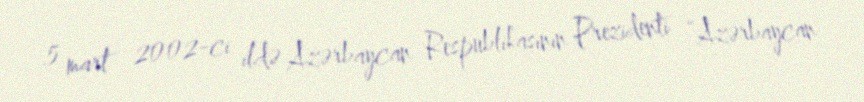
5 mart 2002-ci ildə Azərbaycan Respublikasının Prezidenti “Azərbaycan